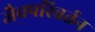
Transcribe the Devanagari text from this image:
जैवपरिवर्तन